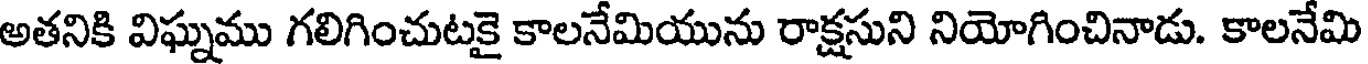
అతనికి విఘ్నము గలిగించుటకై కాలనేమియును రాక్షసుని నియోగించినాడు. కాలనేమి